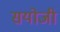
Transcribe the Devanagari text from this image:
सयोजी